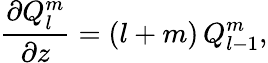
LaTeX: \frac{\partial Q_{l}^{m}}{\partial z}=(l+m)\, Q_{l-1}^{m},